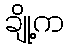
ချို့က